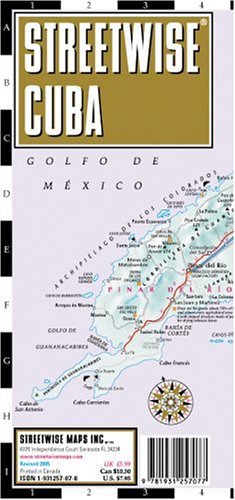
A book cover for Streetwise Cuba; Streetwise Maps; Travel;